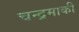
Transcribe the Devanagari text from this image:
चन्द्रमाकी